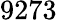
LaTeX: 9273